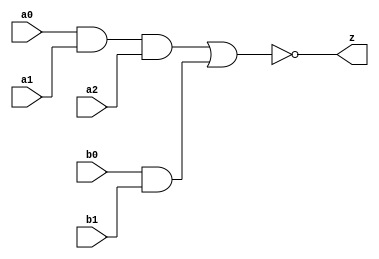
//#############################################################################
//# Function: And-Or-Inverter (aoi32) Gate                                    #
//# Copyright: Lambda Project Authors. All rights Reserved.                   #
//# License:  MIT (see LICENSE file in Lambda repository)                     #
//#############################################################################

module la_aoi32 #(
    parameter PROP = "DEFAULT"
) (
    input  a0,
    input  a1,
    input  a2,
    input  b0,
    input  b1,
    output z
);

    assign z = ~((a0 & a1 & a2) | (b0 & b1));

endmodule